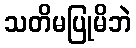
သတိမပြုမိဘဲ